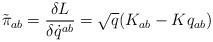
LaTeX: \begin{align*}\tilde{\pi}_{ab}={\delta L \over \delta \dot{q}^{ab}}=\sqrt{q} (K_{ab}-K q_{ab})\end{align*}